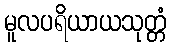
မူလပရိယာယသုတ္တံ